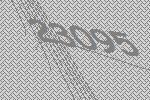
23095